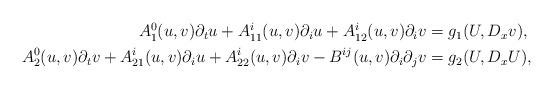
LaTeX: \begin{align*}\begin{aligned}A^{0}_{1}(u,v)\partial_{t}u+A^{i}_{11}(u,v)\partial_{i}u+A^{i}_{12}(u,v)\partial_{i}v&=g_{1}(U,D_{x}v),\\A^{0}_{2}(u,v)\partial_{t}v+A^{i}_{21}(u,v)\partial_{i}u+A^{i}_{22}(u,v)\partial_{i}v-B^{ij}(u,v)\partial_{i}\partial_{j}v&=g_{2}(U,D_{x}U),\end{aligned}\end{align*}